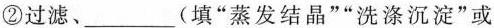
②过滤、___(填”蒸发结晶””洗涤沉淀”或